Vaccine operations Central Provinces 1900-1911 - 1900-1911
Year: 1900
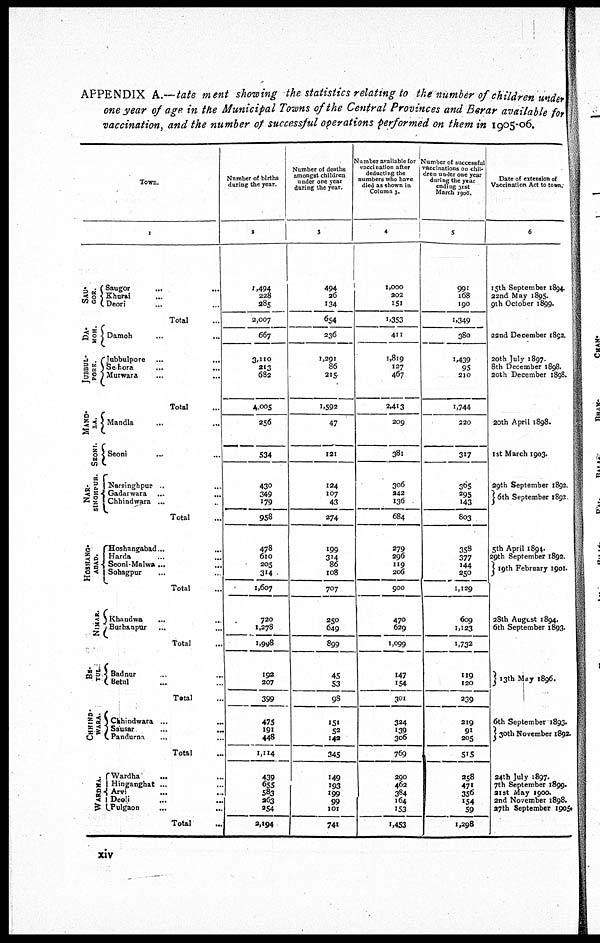
APPENDIX A.—tate ment showing the statistics relating to the number of children under
one year of age in the Municipal Towns of the Central Provinces and Berar available for
vaccination, and the number of successful operations performed on them in 1905-06.
Town.
1
SAU-
GOR.
DA-
MOH.
JUBBUL-
PORE.
MAND-
LA.
SEONI.
NAR-
SINGHPUR.
HOSHANG-
ABAD.
NIMAR.
BE-
TUL.
CHHIND-
WARA.
WARDHA.
Saugor ... ...
Khurai ... ...
Deori ... ...
Total ...
Damoh ... ...
Jubbulpore ... ...
Sehora ... ...
Murwara ... ...
Total ...
Mandla ... ...
Seoni ... ...
Narsinghpur ... ...
Gadarwara
...
...
Chhindwara ... ...
Total ...
Hoshangabad ... ...
Harda ... ...
Seoni-Malwa ... ...
Sohagpur ... ...
Total ...
Khandwa ... ...
Burhanpur ... ...
Total ...
Badnur ... ...
Betul ... ...
Total ...
Chhindwara ... ...
Sausar ... ...
Pandurna ... ...
Total ...
Wardha ... ...
Hinganghat ... ...
Arvi ... ...
Deoli ... ...
Pulgaon
...
...
Total ...
Number of births
during the year.
2
1,494
228
285
2,007
667
3,110
213
682
4,005
256
534
430
349
179
958
478
610
205
314
1,607
720
1,278
1,998
192
207
399
475
191
448
1,114
439
655
583
263
254
2,194
Number of deaths
amongst children
under one year
during the year.
3
494
26
134
654
236
1,291
86
215
1,592
47
121
124
107
43
274
199
314 86
108
707
250
649
899
45
53
98
151
52
142
345
149
193
199
99
101
741
Number available for
vaccination after
deducting the
numbers who have
died as shown in
Column 3.
4
1,000
202
151
1,353
411
1,819
127
467
2,413
209
381
306
242
136
684
279
296
119
206
900
470
629
1,099
147
154
301
324
139
306
769
290
462
384
164
153
1,453
dren under one year
during the year
ending 31st
March 1906.
5
991
168
190
1,349
380
1,439
95
210
1,744
220
317
305
295
143
803
358
377
144
250
1,129
609
1,123
1,732
119
120
239
219
91
205
515
258
471
356
154
59
1,298
Date of extension of
Vaccination Act to town.
6
15th September 1894.
22nd May 1895.
9th October 1899.
22nd December 1892.
20th July 1897.
8th December 1898.
20th December 1898.
20th April 1898.
1st March 1903.
29th September 1892.
6th September 1892
5th April 1894.
29th September 1892.
19th February 1901.
28th August 1894.
6th September 1893.
13th May 1896.
6th September 1893.
30th November 1892.
24th July 1897.
7th September 1899.
21 st May 1900.
2nd November 1898.
27th September 1905.
xiv